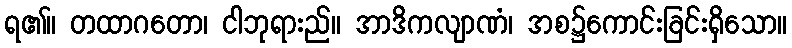
ရ၏။ တထာဂတော၊ ငါဘုရားည်။ အာဒိကလျာဏံ၊ အစ၌ကောင်းခြင်းရှိသော။